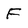
Character: F